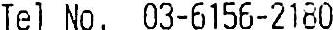
TEL NO. 03-6156-2180